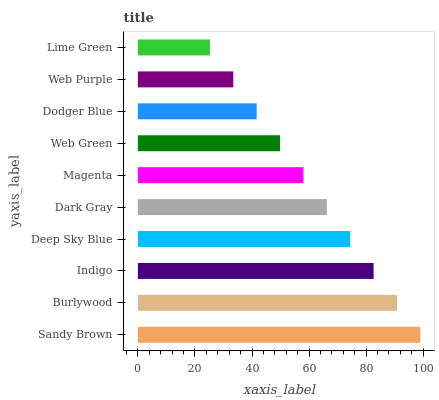
| yaxis_label | bars |
 | --- | --- |
 | Sandy Brown | 99 |
 | Burlywood | 90.8 |
 | Indigo | 82.6 |
 | Deep Sky Blue | 74.4 |
 | Dark Gray | 66.2 |
 | Magenta | 58 |
 | Web Green | 49.8 |
 | Dodger Blue | 41.6 |
 | Web Purple | 33.4 |
 | Lime Green | 25.2 |